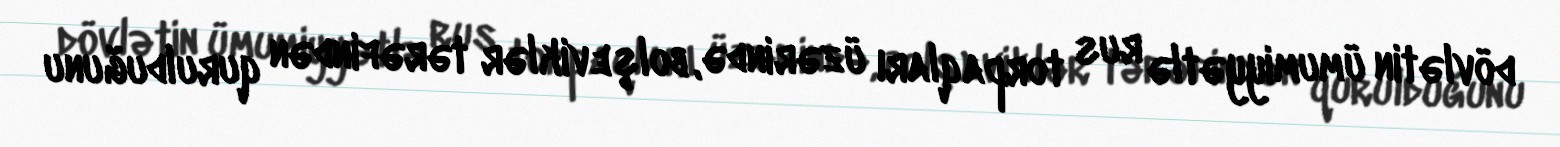
dövlətin ümumiyyətlə rus torpaqları üzərində, bolşeviklər tərəfindən qurulduğunu